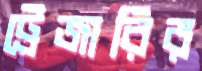
ট্রেজারির